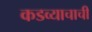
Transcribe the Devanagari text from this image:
कडव्याचाची